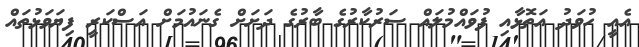
އެއީ ހުވަދު އަތޮޅާއި ފުވައްމުލައް ސަރުކާރުގެ ބާރުގެ ދަށަށް ގެނައުމަށް އަސްކަރީ ފިޔަވަޅުތައް